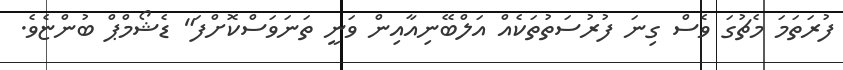
ފުރަތަމަ މެޗުގަ ވެސް ގިނަ ފުރުސަތުތަކެއް އަލްބޭނިއާއިން ވަނީ ތަނަވަސްކޮށްފަ" ޑެޝޯމްޕް ބުންޏެވެ.